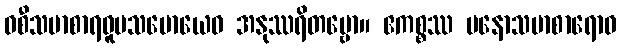
ဝစီသမာစာရဝူပသမောယေဝ အနုဿရိတဗ္ဗော။ ဧကစ္စဿ မနောသမာစာရောဝ